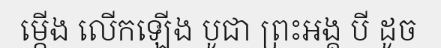
ម្កើង លើកឡើង បូជា ព្រះអង្គ បី ដូច